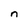
Character: n